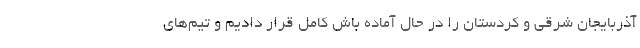
آذربایجان شرقی و کردستان را در حال آماده باش کامل قرار دادیم و تیم‌های